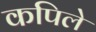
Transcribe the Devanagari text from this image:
कपिले